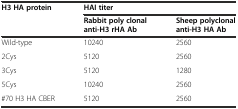
| <ROWSPAN=2> H3 HA protein | <COLSPAN=2> HAI titer |
 | Rabbit poly clonal anti-H3 rHA Ab | Sheep polyclonal anti-H3 HA Ab |
 | --- | --- | --- |
 | Wild-type | 10240 | 2560 |
 | 2Cys | 5120 | 2560 |
 | 3Cys | 5120 | 1280 |
 | 5Cys | 10240 | 2560 |
 | #70 H3 HA CBER | 5120 | 2560 |